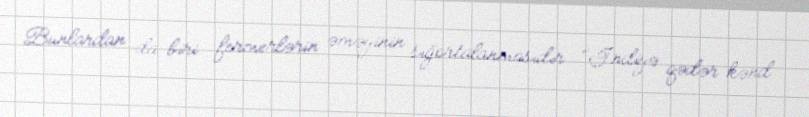
Bunlardan da biri fermerlərin əməyinin sığortalanmasıdır: “İndiyə qədər kənd